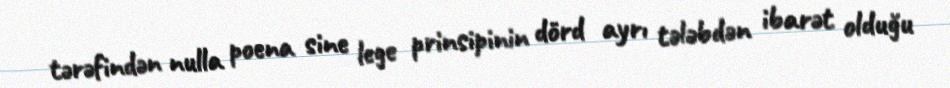
tərəfindən nulla poena sine lege prinsipinin dörd ayrı tələbdən ibarət olduğu